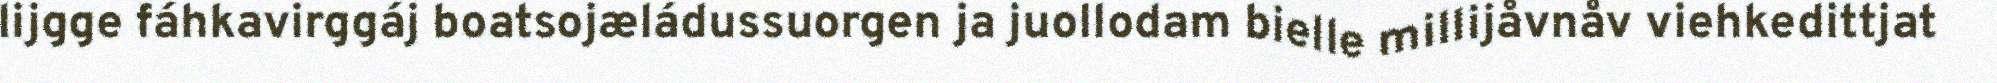
lijgge fáhkavirggáj boatsojæládussuorgen ja juollodam bielle millijåvnåv viehkedittjat